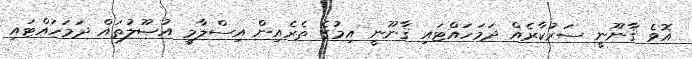
އޮވެ ޤާނޫނީ ސަރުކާރެއް ދަމަހައްޓައި ޤާނޫނީ އިމުގެ ތެރެއިން އިސްލާމީ އުޞޫލުތައް ދަމަހައްޓައި